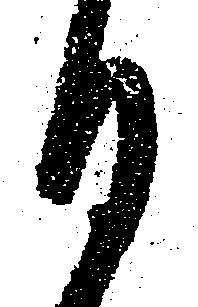
日